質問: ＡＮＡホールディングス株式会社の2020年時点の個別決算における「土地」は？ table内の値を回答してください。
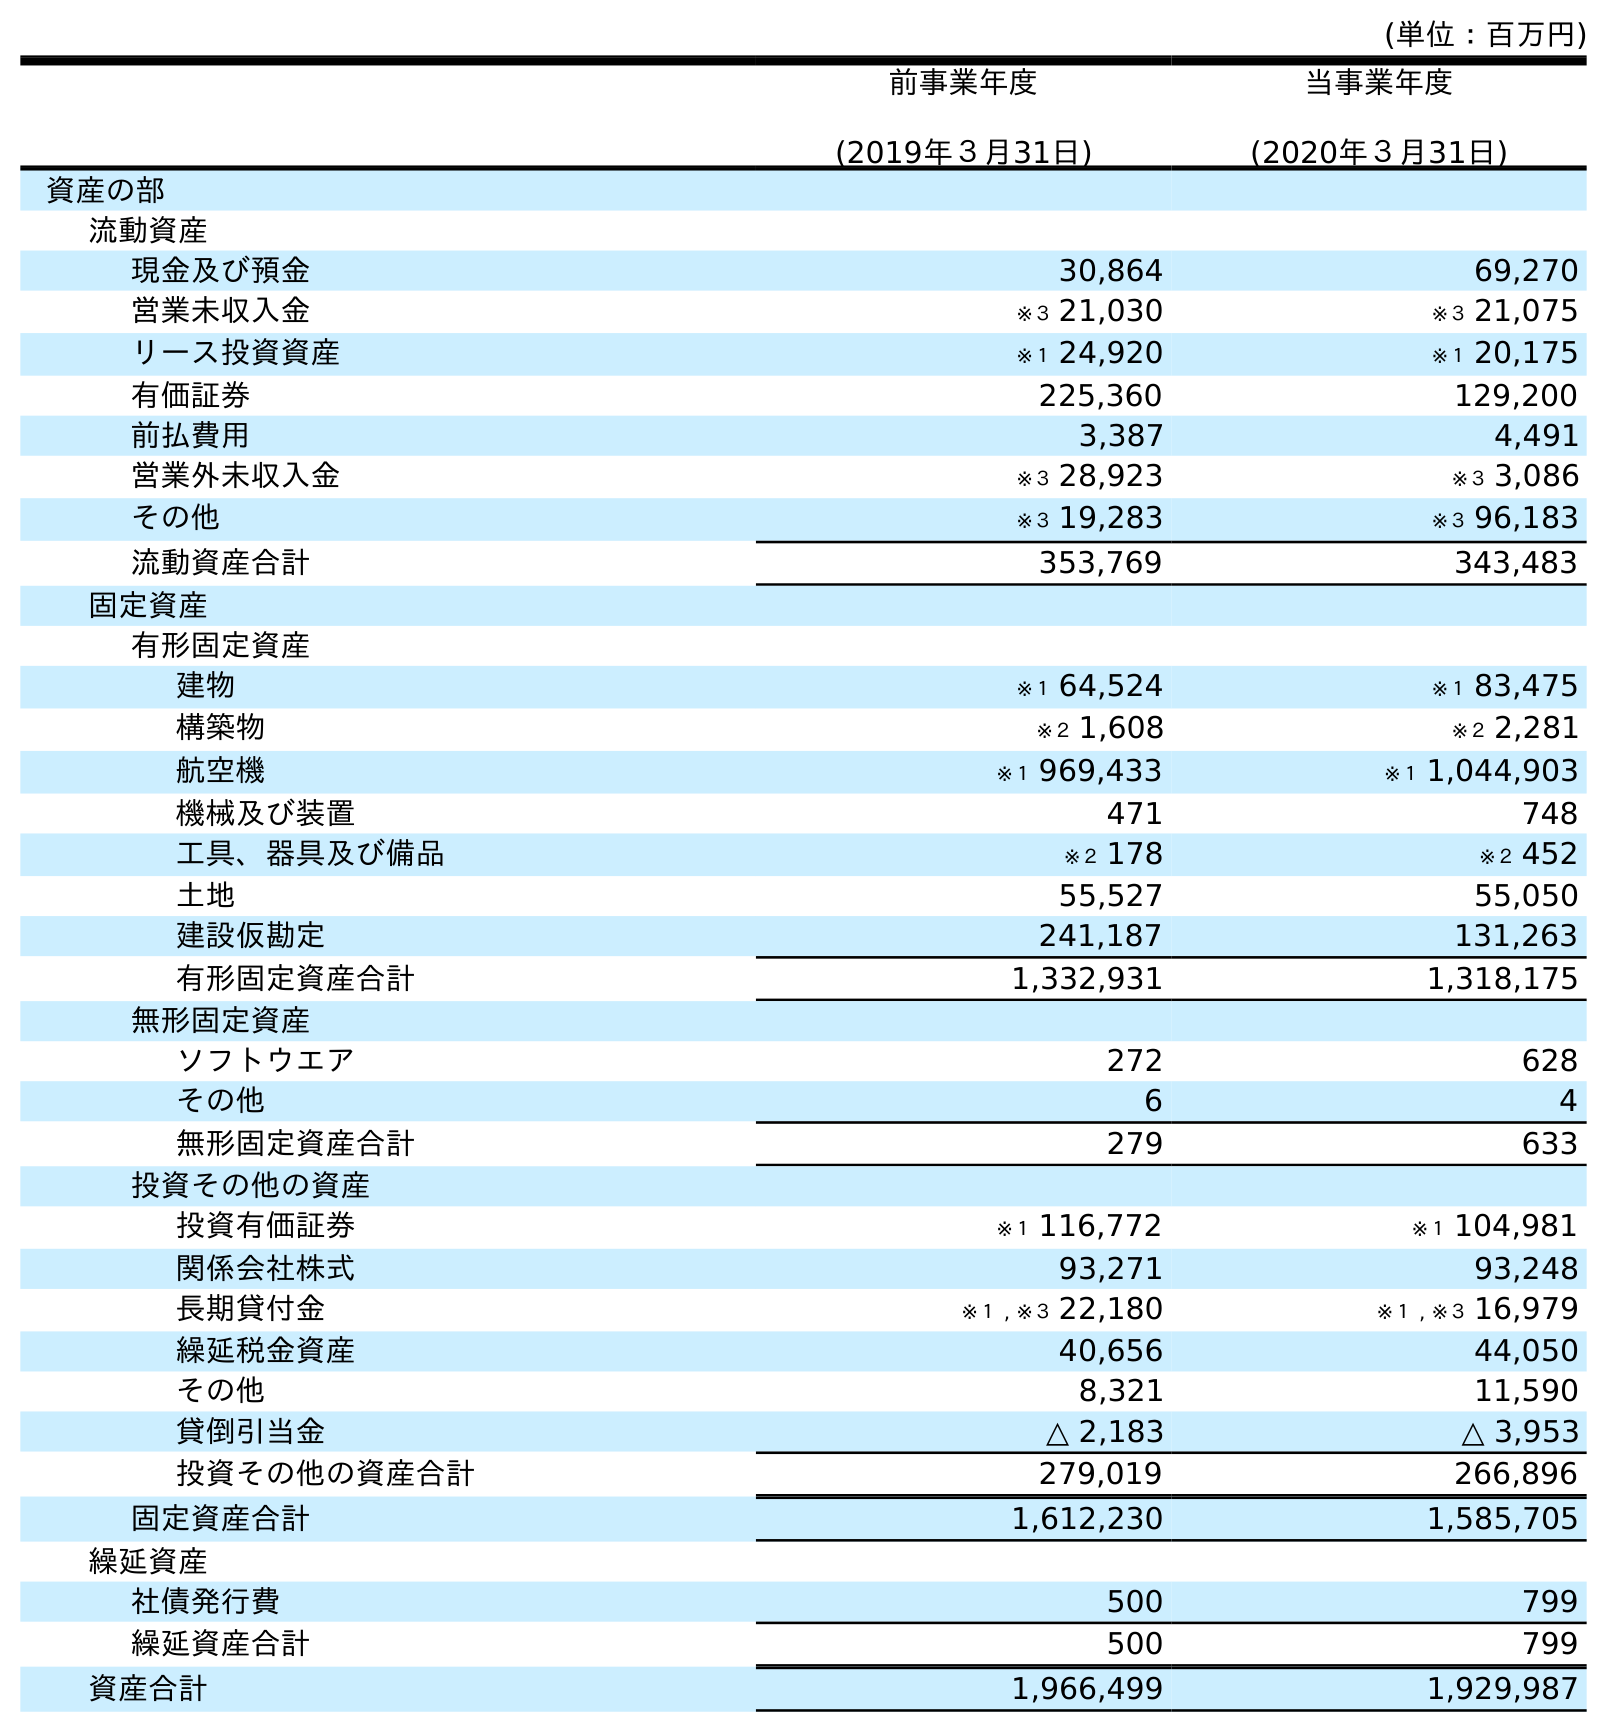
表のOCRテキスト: (単位：百万円) 前事業年度 (2019年３月31日) 当事業年度 (2020年３月31日) 資産の部 流動資産 現金及び預金 30,864 69,270 営業未収入金 ※３ 21,030 ※３ 21,075 リース投資資産 ※１ 24,920 ※１ 20,175 有価証券 225,360 129,200 前払費用 3,387 4,491 営業外未収入金 ※３ 28,923 ※３ 3,086 その他 ※３ 19,283 ※３ 96,183 流動資産合計 353,769 343,483 固定資産 有形固定資産 建物 ※１ 64,524 ※１ 83,475 構築物 ※２ 1,608 ※２ 2,281 航空機 ※１ 969,433 ※１ 1,044,903 機械及び装置 471 748 工具、器具及び備品 ※２ 178 ※２ 452 土地 55,527 55,050 建設仮勘定 241,187 131,263 有形固定資産合計 1,332,931 1,318,175 無形固定資産 ソフトウエア 272 628 その他 6 4 無形固定資産合計 279 633 投資その他の資産 投資有価証券 ※１ 116,772 ※１ 104,981 関係会社株式 93,271 93,248 長期貸付金 ※１ , ※３ 22,180 ※１ , ※３ 16,979 繰延税金資産 40,656 44,050 その他 8,321 11,590 貸倒引当金 △ 2,183 △ 3,953 投資その他の資産合計 279,019 266,896 固定資産合計 1,612,230 1,585,705 繰延資産 社債発行費 500 799 繰延資産合計 500 799 資産合計 1,966,499 1,929,987
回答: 55,050